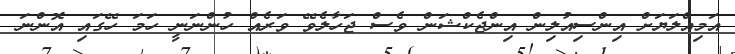
އަމިއްލަޔަށް އިންސިއުލިން އިންޖެކްޝަން ވެސް ޖަހާލެވޭ ވަރެއް ހުންނަނީ ހަމަ ހޭގައި އޮންނަ